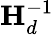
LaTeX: \mathbf{H}_{d}^{-1}